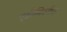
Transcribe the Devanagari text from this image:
एडीमिटमैक